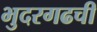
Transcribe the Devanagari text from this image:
भुदरगढची